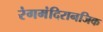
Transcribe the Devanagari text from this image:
रंगमंदिरानजिक